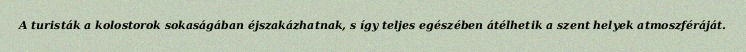
A turisták a kolostorok sokaságában éjszakázhatnak, s így teljes egészében átélhetik a szent helyek atmoszféráját.